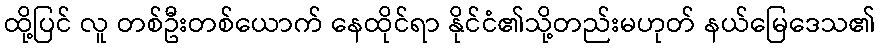
ထို့ပြင် လူ တစ်ဦးတစ်ယောက် နေထိုင်ရာ နိုင်ငံ၏သို့တည်းမဟုတ် နယ်မြေဒေသ၏